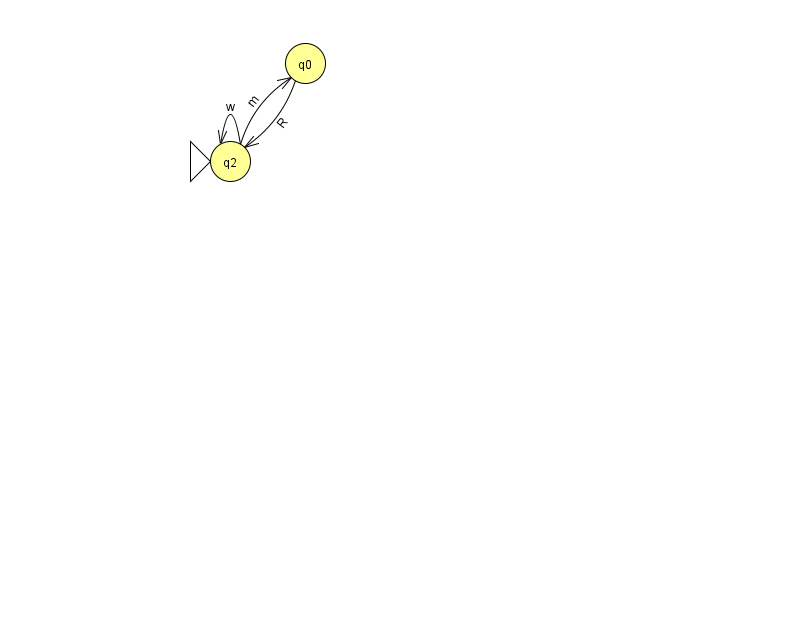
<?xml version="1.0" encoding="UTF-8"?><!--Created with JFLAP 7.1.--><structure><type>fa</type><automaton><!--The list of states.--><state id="0" name="q0"><x>305.0</x><y>50.0</y></state><state id="2" name="q2"><x>230.0</x><y>148.0</y><initial/></state><!--The list of transitions.--><transition><from>0</from><to>2</to><read>R</read></transition><transition><from>2</from><to>2</to><read>w</read></transition><transition><from>2</from><to>0</to><read>m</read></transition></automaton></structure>